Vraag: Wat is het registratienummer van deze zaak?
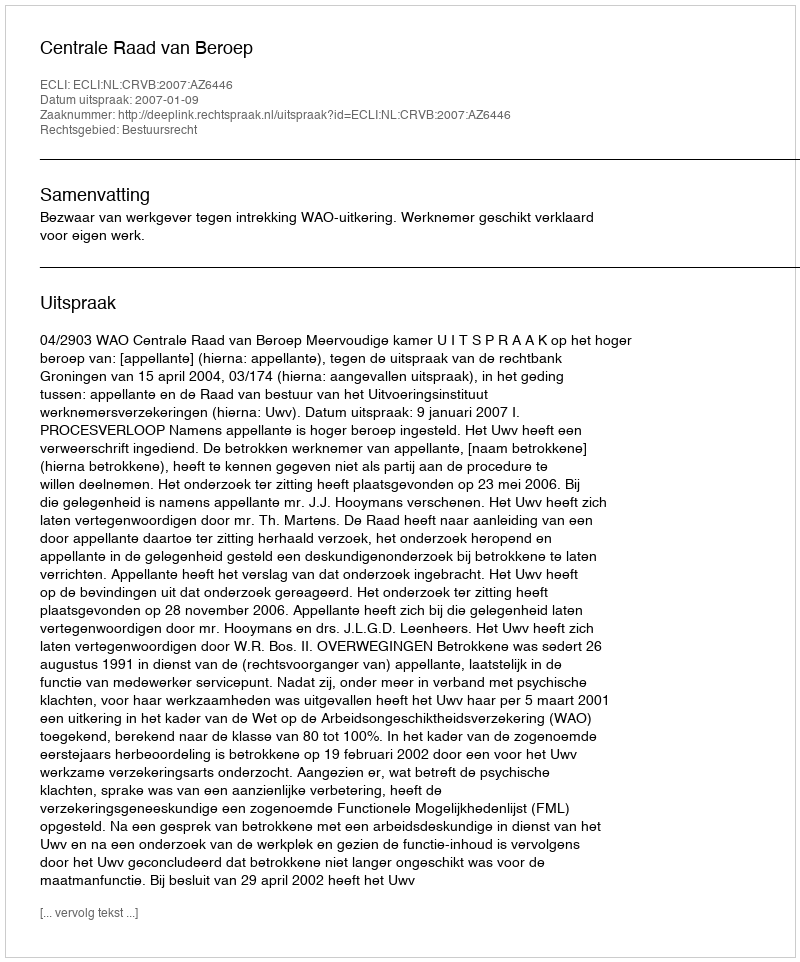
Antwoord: http://deeplink.rechtspraak.nl/uitspraak?id=ECLI:NL:CRVB:2007:AZ6446